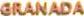
GRANADA